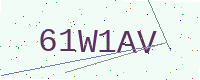
Text: 61W1AV